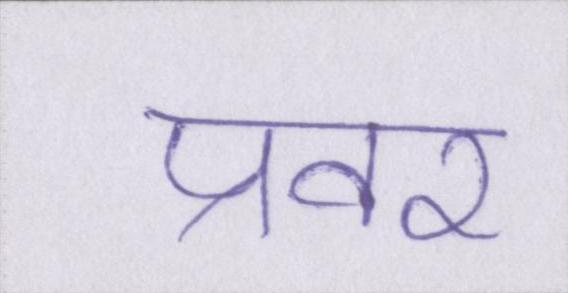
प्रवर